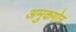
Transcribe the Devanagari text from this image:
अमुकगोत्र